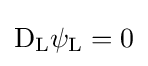
\mathrm {D} _{\text{L}}\psi _{\text{L}}=0